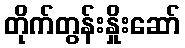
တိုက်တွန်းနှိုးဆော်